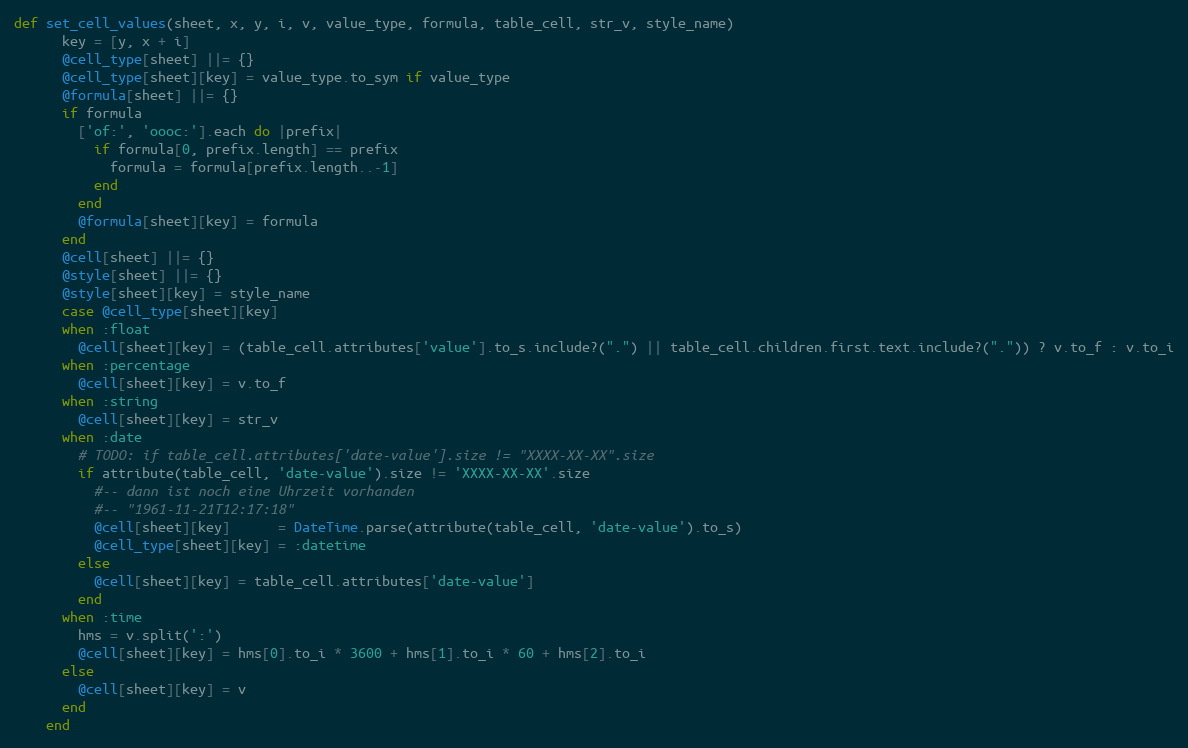
Language: Ruby
def set_cell_values(sheet, x, y, i, v, value_type, formula, table_cell, str_v, style_name)
      key = [y, x + i]
      @cell_type[sheet] ||= {}
      @cell_type[sheet][key] = value_type.to_sym if value_type
      @formula[sheet] ||= {}
      if formula
        ['of:', 'oooc:'].each do |prefix|
          if formula[0, prefix.length] == prefix
            formula = formula[prefix.length..-1]
          end
        end
        @formula[sheet][key] = formula
      end
      @cell[sheet] ||= {}
      @style[sheet] ||= {}
      @style[sheet][key] = style_name
      case @cell_type[sheet][key]
      when :float
        @cell[sheet][key] = (table_cell.attributes['value'].to_s.include?(".") || table_cell.children.first.text.include?(".")) ? v.to_f : v.to_i
      when :percentage
        @cell[sheet][key] = v.to_f
      when :string
        @cell[sheet][key] = str_v
      when :date
        # TODO: if table_cell.attributes['date-value'].size != "XXXX-XX-XX".size
        if attribute(table_cell, 'date-value').size != 'XXXX-XX-XX'.size
          #-- dann ist noch eine Uhrzeit vorhanden
          #-- "1961-11-21T12:17:18"
          @cell[sheet][key]      = DateTime.parse(attribute(table_cell, 'date-value').to_s)
          @cell_type[sheet][key] = :datetime
        else
          @cell[sheet][key] = table_cell.attributes['date-value']
        end
      when :time
        hms = v.split(':')
        @cell[sheet][key] = hms[0].to_i * 3600 + hms[1].to_i * 60 + hms[2].to_i
      else
        @cell[sheet][key] = v
      end
    end